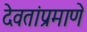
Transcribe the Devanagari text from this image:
देवतांप्रमाणे